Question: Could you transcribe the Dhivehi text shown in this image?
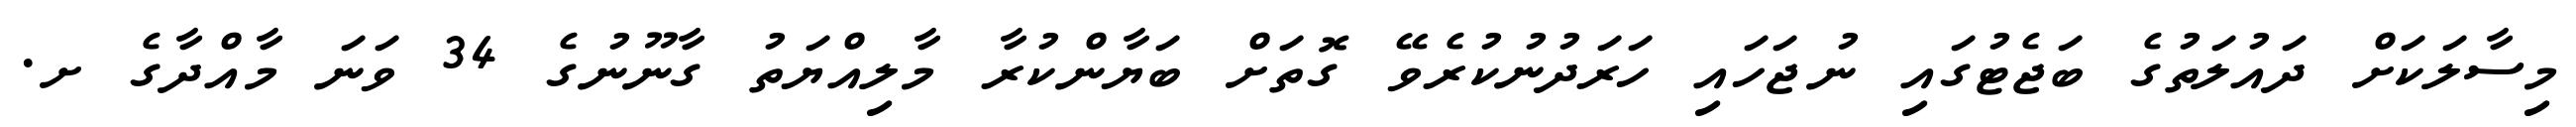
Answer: މިސާލަކަށް ދައުލަތުގެ ބަޖެޓުގައި ނުޖަހައި ހަރަދުނުކުރެވޭ ގޮތަށް ބަޔާންކުރާ މާލިއްޔަތު ގާނޫނުގެ 34 ވަނަ މާއްދާގެ ށ.